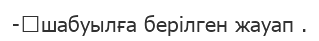
-	шабуылға берілген жауап .